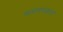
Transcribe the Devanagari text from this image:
समयपश्चता